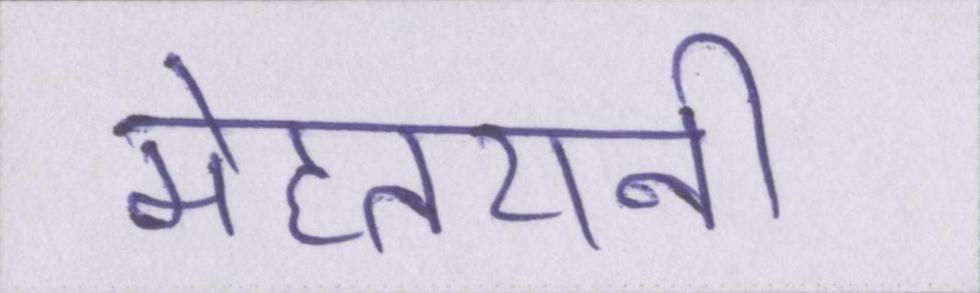
मेहतरानी